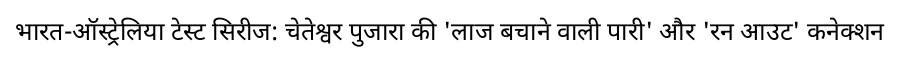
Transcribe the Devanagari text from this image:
भारत-ऑस्ट्रेलिया टेस्ट सिरीज: चेतेश्वर पुजारा की 'लाज बचाने वाली पारी' और 'रन आउट' कनेक्शन